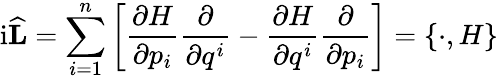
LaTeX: \mathrm{i}{\widehat{\mathbf{L}}}=\sum_{i=1}^{n}\left[{\frac{\partial H}{\partial p_{i}}}{\frac{\partial}{\partial q^{i}}}-{\frac{\partial H}{\partial q^{i}}}{\frac{\partial}{\partial p_{i}}}\right]=\{ \cdot,H\}